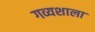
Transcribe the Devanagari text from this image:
गव्यशाला